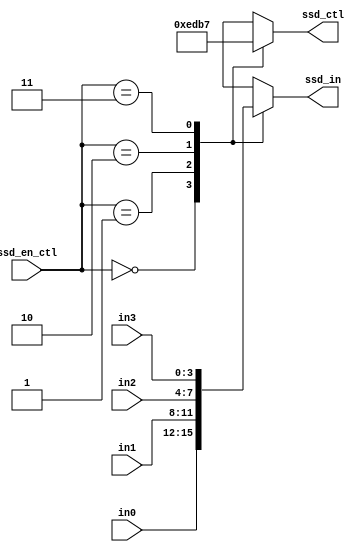
`timescale 1ns / 1ps
//////////////////////////////////////////////////////////////////////////////////
// Company: 
// Engineer: 
// 
// Design Name: 
// Module Name: scan_ctl
// Project Name: 
// Target Devices: 
// Tool Versions: 
// Description: 
// 
// Dependencies: 
// 
// Revision:
// Revision 0.01 - File Created
// Additional Comments:
// 
//////////////////////////////////////////////////////////////////////////////////


module scan_ctl(
    ssd_in,//output for display
    ssd_ctl,//output 7-segment
    ssd_en_ctl,//input from freqdiv
    in0,//input from cnt
    in1,
    in2,
    in3
    );
    output reg [3:0]ssd_in;
    output reg [3:0]ssd_ctl;
    input [1:0]ssd_en_ctl;
    input [3:0]in0;
    input [3:0]in1;
    input [3:0]in2;
    input [3:0]in3;
    always@*
        case(ssd_en_ctl) 
           2'b00:
           begin
           ssd_ctl = 4'b1110;
           ssd_in = in0;
           end
           2'b01:
           begin
           ssd_ctl = 4'b1101;
           ssd_in = in1;
           end
            2'b10:
             begin
             ssd_ctl = 4'b1011;
             ssd_in = in2;
             end
             2'b11:
             begin
             ssd_ctl = 4'b0111;
             ssd_in = in3;
             end
           default:
            begin
            ssd_ctl = 4'b0111;
            ssd_in = in3;
            end
        endcase
           
            
    
endmodule